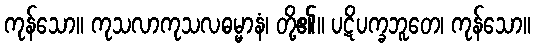
ကုန်သော။ ကုသလာကုသလဓမ္မာနံ၊ တို့၏။ ပဋိပက္ခဘူတေ၊ ကုန်သော။